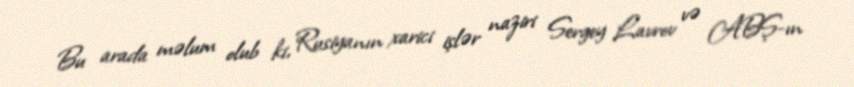
Bu arada məlum olub ki, Rusiyanın xarici işlər naziri Sergey Lavrov və ABŞ-ın